Senior Leaving Certificate Examination (including Day School Certificate (Higher) General paper), 1946
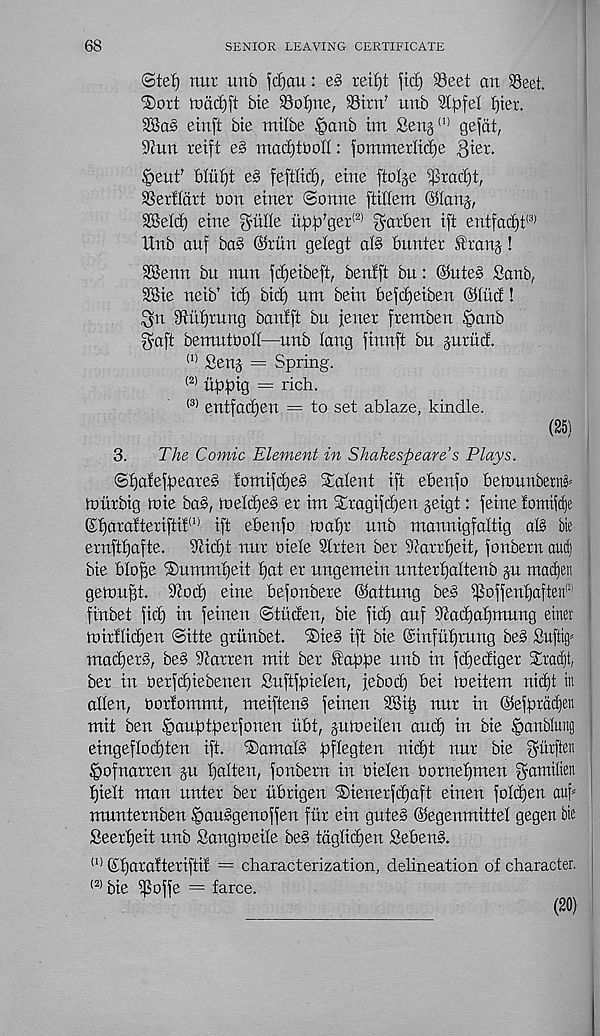
68
SENIOR LEAVING CERTIFICATE
(Stef) nur unb fcfjau: e§ reifjt ftrf) 93eet art ^8eet.
Dort rt)acf)ft bie 93of)ne, Sim' unb Slpfef f)ter.
einft bie mifbe ^anb im Seng 111 gejat,
9tun reift e§ macfjtnoll: jommerlicfje 3teic.
§eut’ bfitfjt e§ feftlicf), eine ftol^-e '^racfjt,
Serf fart non etner Sonne ftilfem ©fang,
2Md) erne
up^^er' 2 ’ gntben ift entfacf)t !3)
Unb anf ba§ ©ritn gefegt aB bnnter Shanj!
SGenrt bn nnn fcfjeibeft, benfft bn: ©ute§ Sanb,
2Bte neib’ id) bid) nm bein befd)eiben ©Ind!
3n Siifjrung banfft bn jener fremben §anb
3aft bemutooff—nnb fang jinnft bn guritd.
(1) Senj = Spring.
(2) tip pig = rich.
(3) entfacpen — to set ablaze, kindle.
(25)
3.
The Comic Element in Shakespeare’s Plays.
SfjafefpeareS fomifcpeS talent ift ebenfo betounberuh
tohrbig foie ba§, toefd)es er im Siragifcpen geigt: feme fomi)cf)e
©parafteriftif (1) ift ebenfo toapr nnb mannigfaftig af§ bie
ernftpafte.
9iid)t nnr oiefe Sfrten ber Siarrpeit, fonbern auil]
bie bfope ®ummpeit pat er nngemein nnterpaltenb §n macfjen
gefonpt. S'iotp eine befonbere ©attung be3 ^offenpaftett pl
finbet ficp in feinen Sthden, bie fid) auf ad)apmung einer
toirfficpen Sitte grhnbet. ®ie§ ift bie ©infuprnng be§ £uf%
matperg, be§ barren mit ber Sfappe unb in ftpediger Slradjt,
ber in berftpiebenen Snftfpielen, febocp bei roeitem nitpt in
alien, oorfommt, meiffeng feinen SSip nnr in ©efpradp
mit ben §auptperfonen iibt, gutoeifen ancp in bie fpartbfung
eingeflocpten ift. ®amaB pffegten nitpt nnr bie gitrften
§ofnarren gu paften, fonbern in oielen Oornepmen goto® 611
pieft man unter ber hbrigen ®ienerfcpaft einen fofcpen aup
mnnternben §auggenoffen fitr ein gute§ ©egenmittef gegen bie
Seerpeit nnb Sangtoeife beg tdgficpen Sebeug.
(1) ©parafteriftif = characterization, delineation of character.
(2) bie S 0 ffe = farce.
(20)